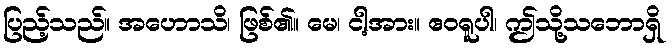
ပြည့်သည်။ အဟောသိ၊ ဖြစ်၏။ မေ၊ ငါ့အား။ ဧဝရူပါ၊ ဤသို့သဘောရှိ